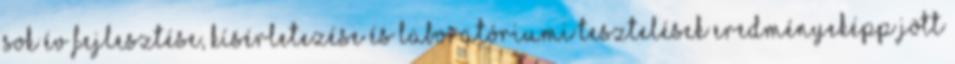
Sok év fejlesztése, kísérletezése és laboratóriumi tesztelések eredményeképp jött